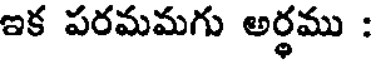
ఇక పరమమగు అర్థము :